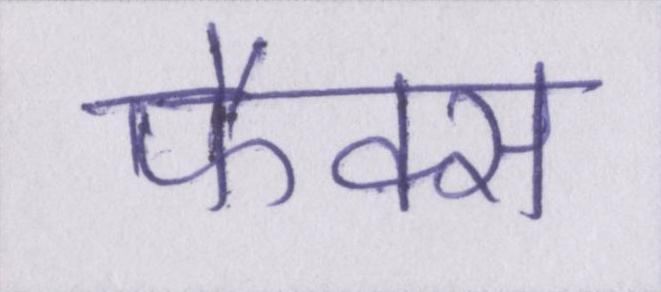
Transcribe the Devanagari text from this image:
फैक्स